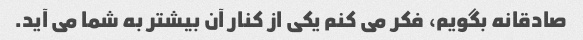
صادقانه بگویم، فکر می کنم یکی از کنار آن بیشتر به شما می آید.